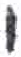
אות: י